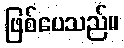
ဖြစ်ပေသည်။